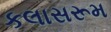
કલાસરૂમ